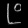
Digit: ၉